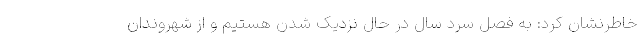
خاطرنشان کرد: به فصل سرد سال در حال نزدیک شدن هستیم و از شهروندان